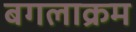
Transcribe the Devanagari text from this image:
बगलाक्रम